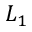
L _ { 1 }